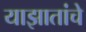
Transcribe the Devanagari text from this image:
याझातांचे